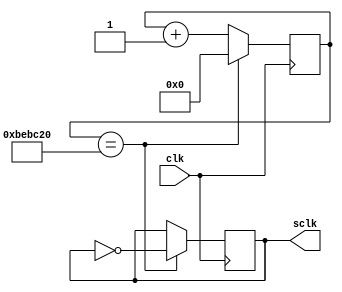
module slow_clock_4Mhz(sclk,clk);
input clk;
output reg sclk=0;
reg [23:0] count=0;
always@(posedge clk) begin
count<=count+1;
if(count==12500000)
begin
count<=0;
sclk=!sclk;
end
end
endmodule